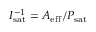
I _ { \mathrm { s a t } } ^ { - 1 } = A _ { \mathrm { e f f } } / P _ { \mathrm { s a t } }